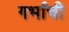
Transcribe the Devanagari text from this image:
गर्भांची